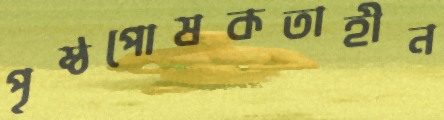
পৃষ্ঠপোষকতাহীন